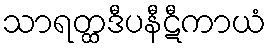
သာရတ္ထဒီပနီဋီကာယံ